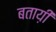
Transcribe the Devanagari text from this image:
बताय़ी